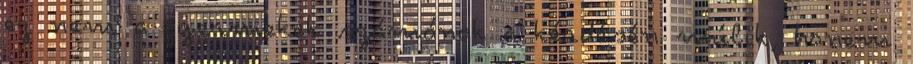
ez nem a gyermekek számának a kérdésén múlik, hanem